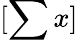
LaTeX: [\sum x]